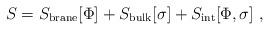
LaTeX: \begin{align*} S=S_{\rm{\small brane}}[\Phi]+S_{\rm{\small bulk}}[\sigma]+ S_{\rm{\small int}}[\Phi,\sigma]~,\end{align*}